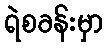
ရဲစခန်းမှာ